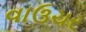
વાઉચર